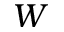
W